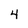
Character: 4